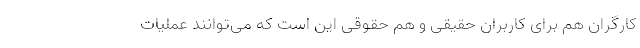
کارگران هم برای کاربران حقیقی و هم حقوقی این است که می‌توانند عملیات